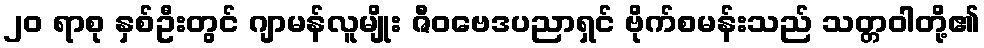
၂၀ ရာစု နှစ်ဦးတွင် ဂျာမန်လူမျိုး ဇီဝဗေဒပညာရှင် ဗိုက်စမန်းသည် သတ္တဝါတို့၏